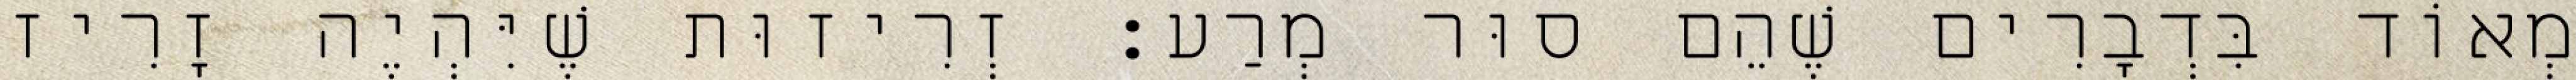
מְאוֹד בִּדְבָרִים שֶׁהֵם סוּר מְרַע: זְרִיזוּת שֶׁיִּהְיֶה זָרִיז